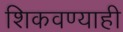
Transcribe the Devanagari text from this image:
शिकवण्याही